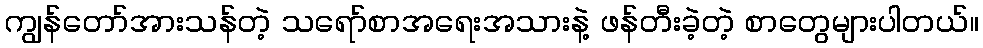
ကျွန်တော်အားသန်တဲ့ သရော်စာအရေးအသားနဲ့ ဖန်တီးခဲ့တဲ့ စာတွေများပါတယ်။